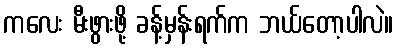
ကလေး မီးဖွားဖို့ ခန့်မှန်းရက်က ဘယ်တော့ပါလဲ။